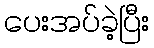
ပေးအပ်ခဲ့ပြီး